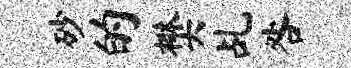
砂的樊乩咎